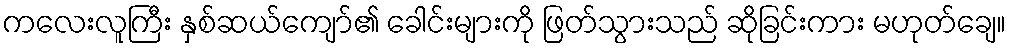
ကလေးလူကြီး နှစ်ဆယ်ကျော်၏ ခေါင်းများကို ဖြတ်သွားသည် ဆိုခြင်းကား မဟုတ်ချေ။